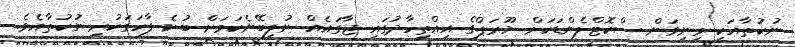
ނުކުތާއަކީ މިނިވަން ސްކޮޓްލެންޑަކަށް ޔޫރަޕްގެ އިއްތިހާދުގައި ޖާގައެއް ނުލިބޭނެކަމަށް ބުނެ ފާހަގަކުރި ނުކުތާއެވެ.